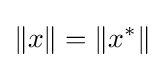
\lVert x\rVert =\lVert x^{*}\rVert